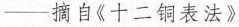
-摘自《十二铜表法》